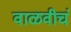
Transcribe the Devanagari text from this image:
वाळवीचं